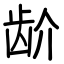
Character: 𬹼